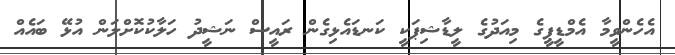
އެހެންވީމާ އެމްޑީޕީގެ މިއަދުގެ ލީޑާޝިޕަކީ ކަނޑައެޅިގެން ރައީސް ނަޝީދު ހަލާކުކޮށްލަން އުޅޭ ބައެއް